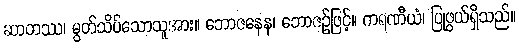
ဆာတဿ၊ မွတ်သိပ်သောသူအား။ ဘောဇနေန၊ ဘောဇဉ်ဖြင့်။ ကရဏီယံ၊ ပြုဖွယ်ရှိသည်။